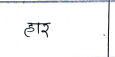
मजकूर: हार